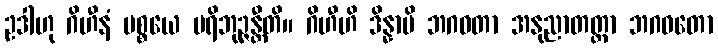
ဥဒါဟု ဂိဟီနံ ပစ္စယေ ပရိဘုဉ္ဇန္တီတိ။ ဂိဟီဟိ ဒိန္နာပိ ဘဂဝတာ အနုညာတတ္တာ ဘဂဝတော